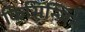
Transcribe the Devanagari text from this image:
किसिन्जिन